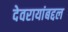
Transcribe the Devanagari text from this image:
देवरायांबद्दल